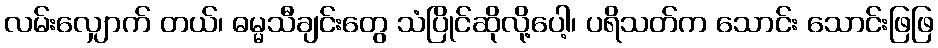
လမ်းလျှောက် တယ်၊ ဓမ္မသီချင်းတွေ သံပြိုင်ဆိုလို့ပေါ့၊ ပရိသတ်က သောင်း သောင်းဖြဖြ